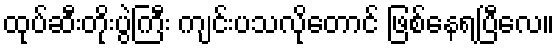
ထုပ်ဆီးတိုးပွဲကြီး ကျင်းပသလိုတောင် ဖြစ်နေရပြီလေ။